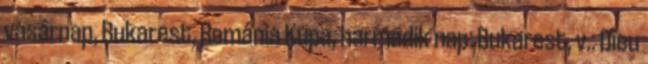
vasárnap, Bukarest, Románia Kupa, harmadik nap: Bukarest, v.: Dieu